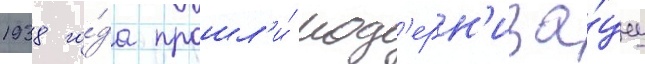
1938 го́да прошл'и́ мод'ерн'иза́циу